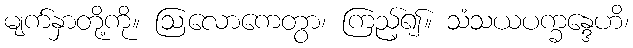
မျက်နှာတို့ကို။ ဩလောကေတွာ၊ ကြည့်၍။ သံသယပက္ခန္ဒေဟိ၊